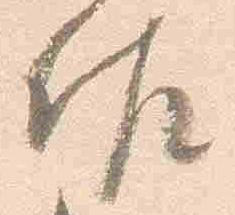
佐